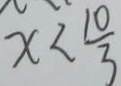
x < \frac { 1 0 } { 3 }